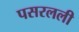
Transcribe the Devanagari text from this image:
पसरलली